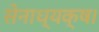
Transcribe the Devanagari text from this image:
सेनाध्यक्ष।